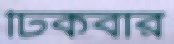
ঢিকবার